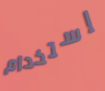
إستخدام